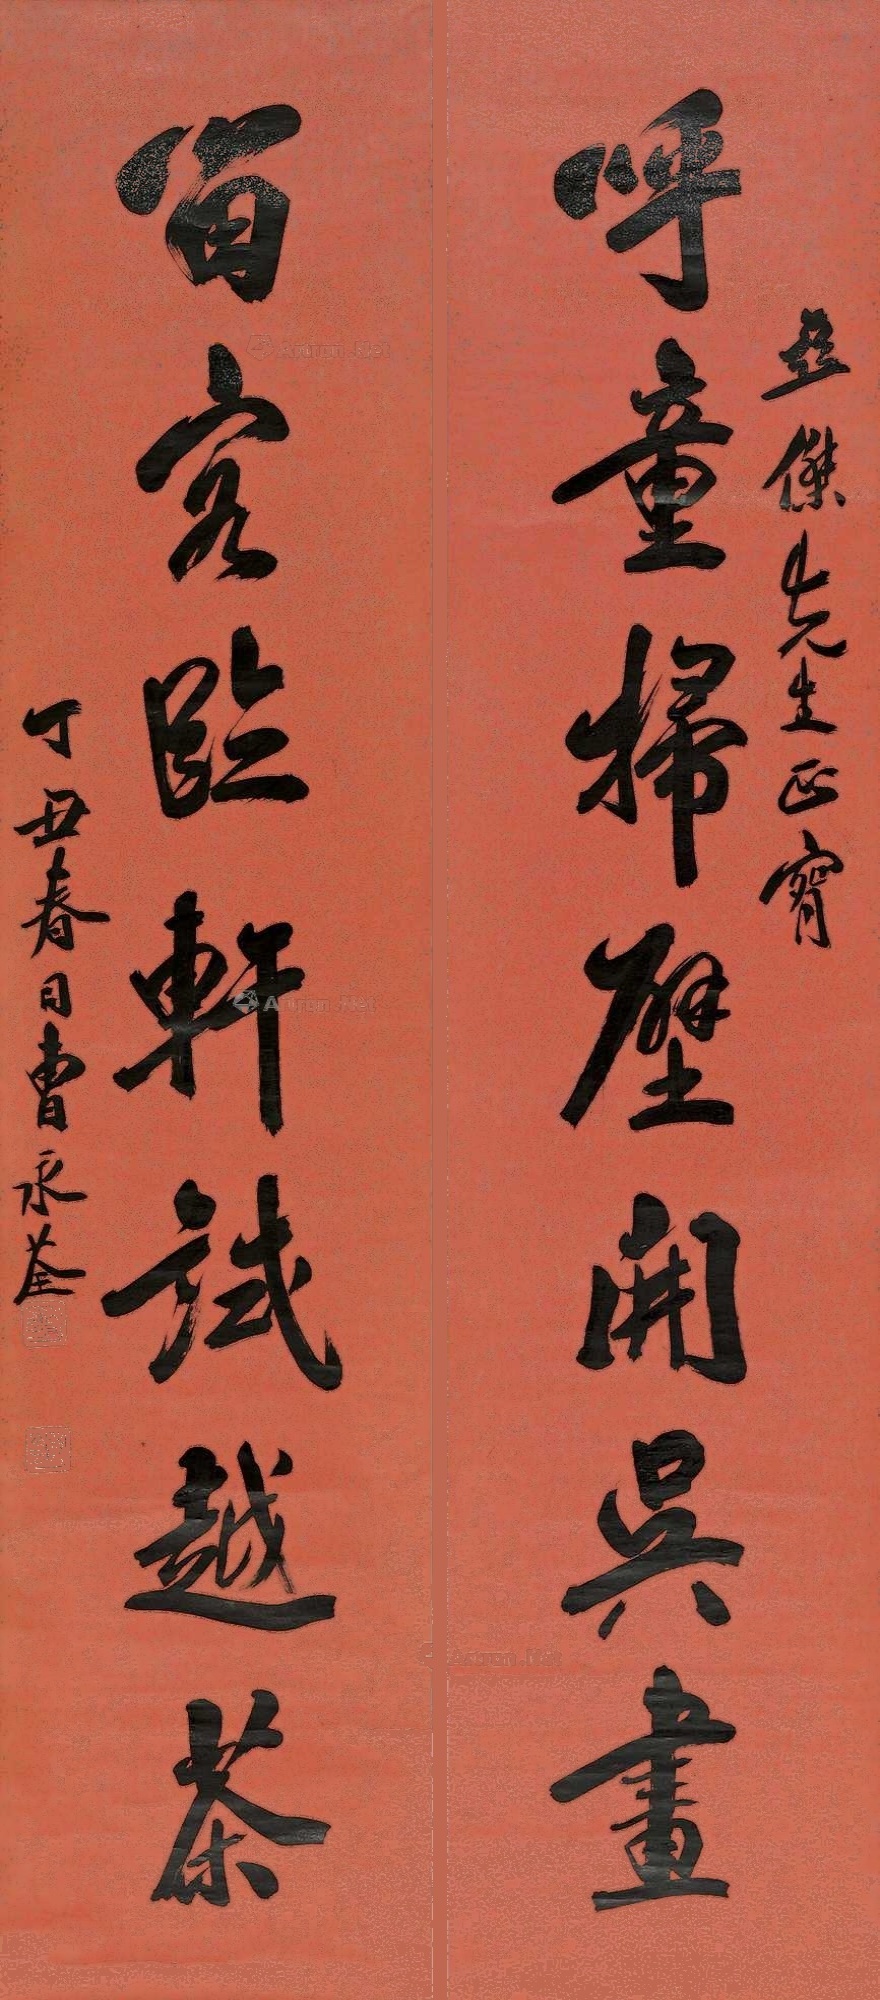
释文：呼童扫壁开吴画，留客临轩试越茶。亚杰先生正腕，丁丑春日，曹永荃。